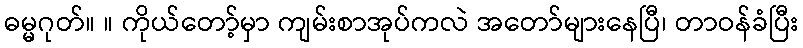
ဓမ္မဂုတ်။ ။ ကိုယ်တော့်မှာ ကျမ်းစာအုပ်ကလဲ အတော်များနေပြီ၊ တာဝန်ခံပြီး